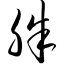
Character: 脒